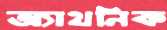
অ্যাথনিক